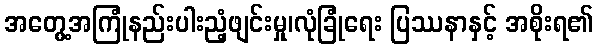
အတွေ့အကြုံနည်းပါးညံ့ဖျင်းမှု၊လုံခြုံရေး ပြဿနာနှင့် အစိုးရ၏